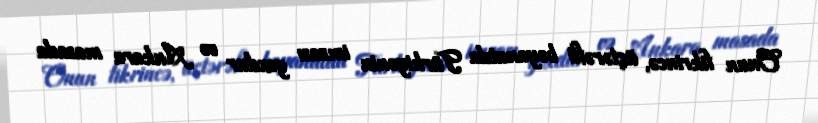
Onun fikrincə, üçtərəfli bəyanatda Türkiyənin imzası yoxdur və Ankara masada